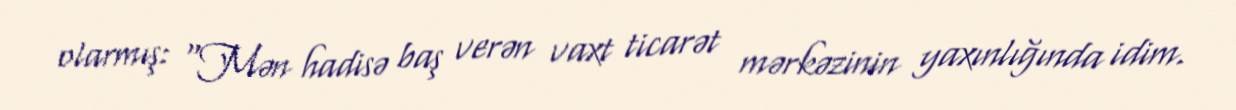
olarmış: “Mən hadisə baş verən vaxt ticarət mərkəzinin yaxınlığında idim.